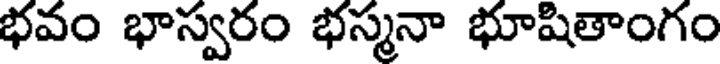
భవం భాస్వరం భస్మనా భూషితాంగం